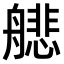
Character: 𫇟